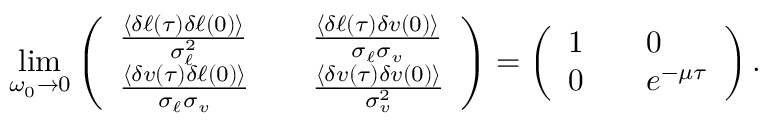
\operatorname* { l i m } _ { \omega _ { 0 } \to 0 } \left( \begin{array} { l l l } { \frac { \langle \delta \ell ( \tau ) \delta \ell ( 0 ) \rangle } { \sigma _ { \ell } ^ { 2 } } } & & { \frac { \langle \delta \ell ( \tau ) \delta v ( 0 ) \rangle } { \sigma _ { \ell } \sigma _ { v } } } \\ { \frac { \langle \delta v ( \tau ) \delta \ell ( 0 ) \rangle } { \sigma _ { \ell } \sigma _ { v } } } & & { \frac { \langle \delta v ( \tau ) \delta v ( 0 ) \rangle } { \sigma _ { v } ^ { 2 } } } \end{array} \right) = \left( \begin{array} { l l l } { 1 } & & { 0 } \\ { 0 } & & { e ^ { - \mu \tau } } \end{array} \right) .